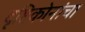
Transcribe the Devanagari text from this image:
दृष्टिकोनांचा